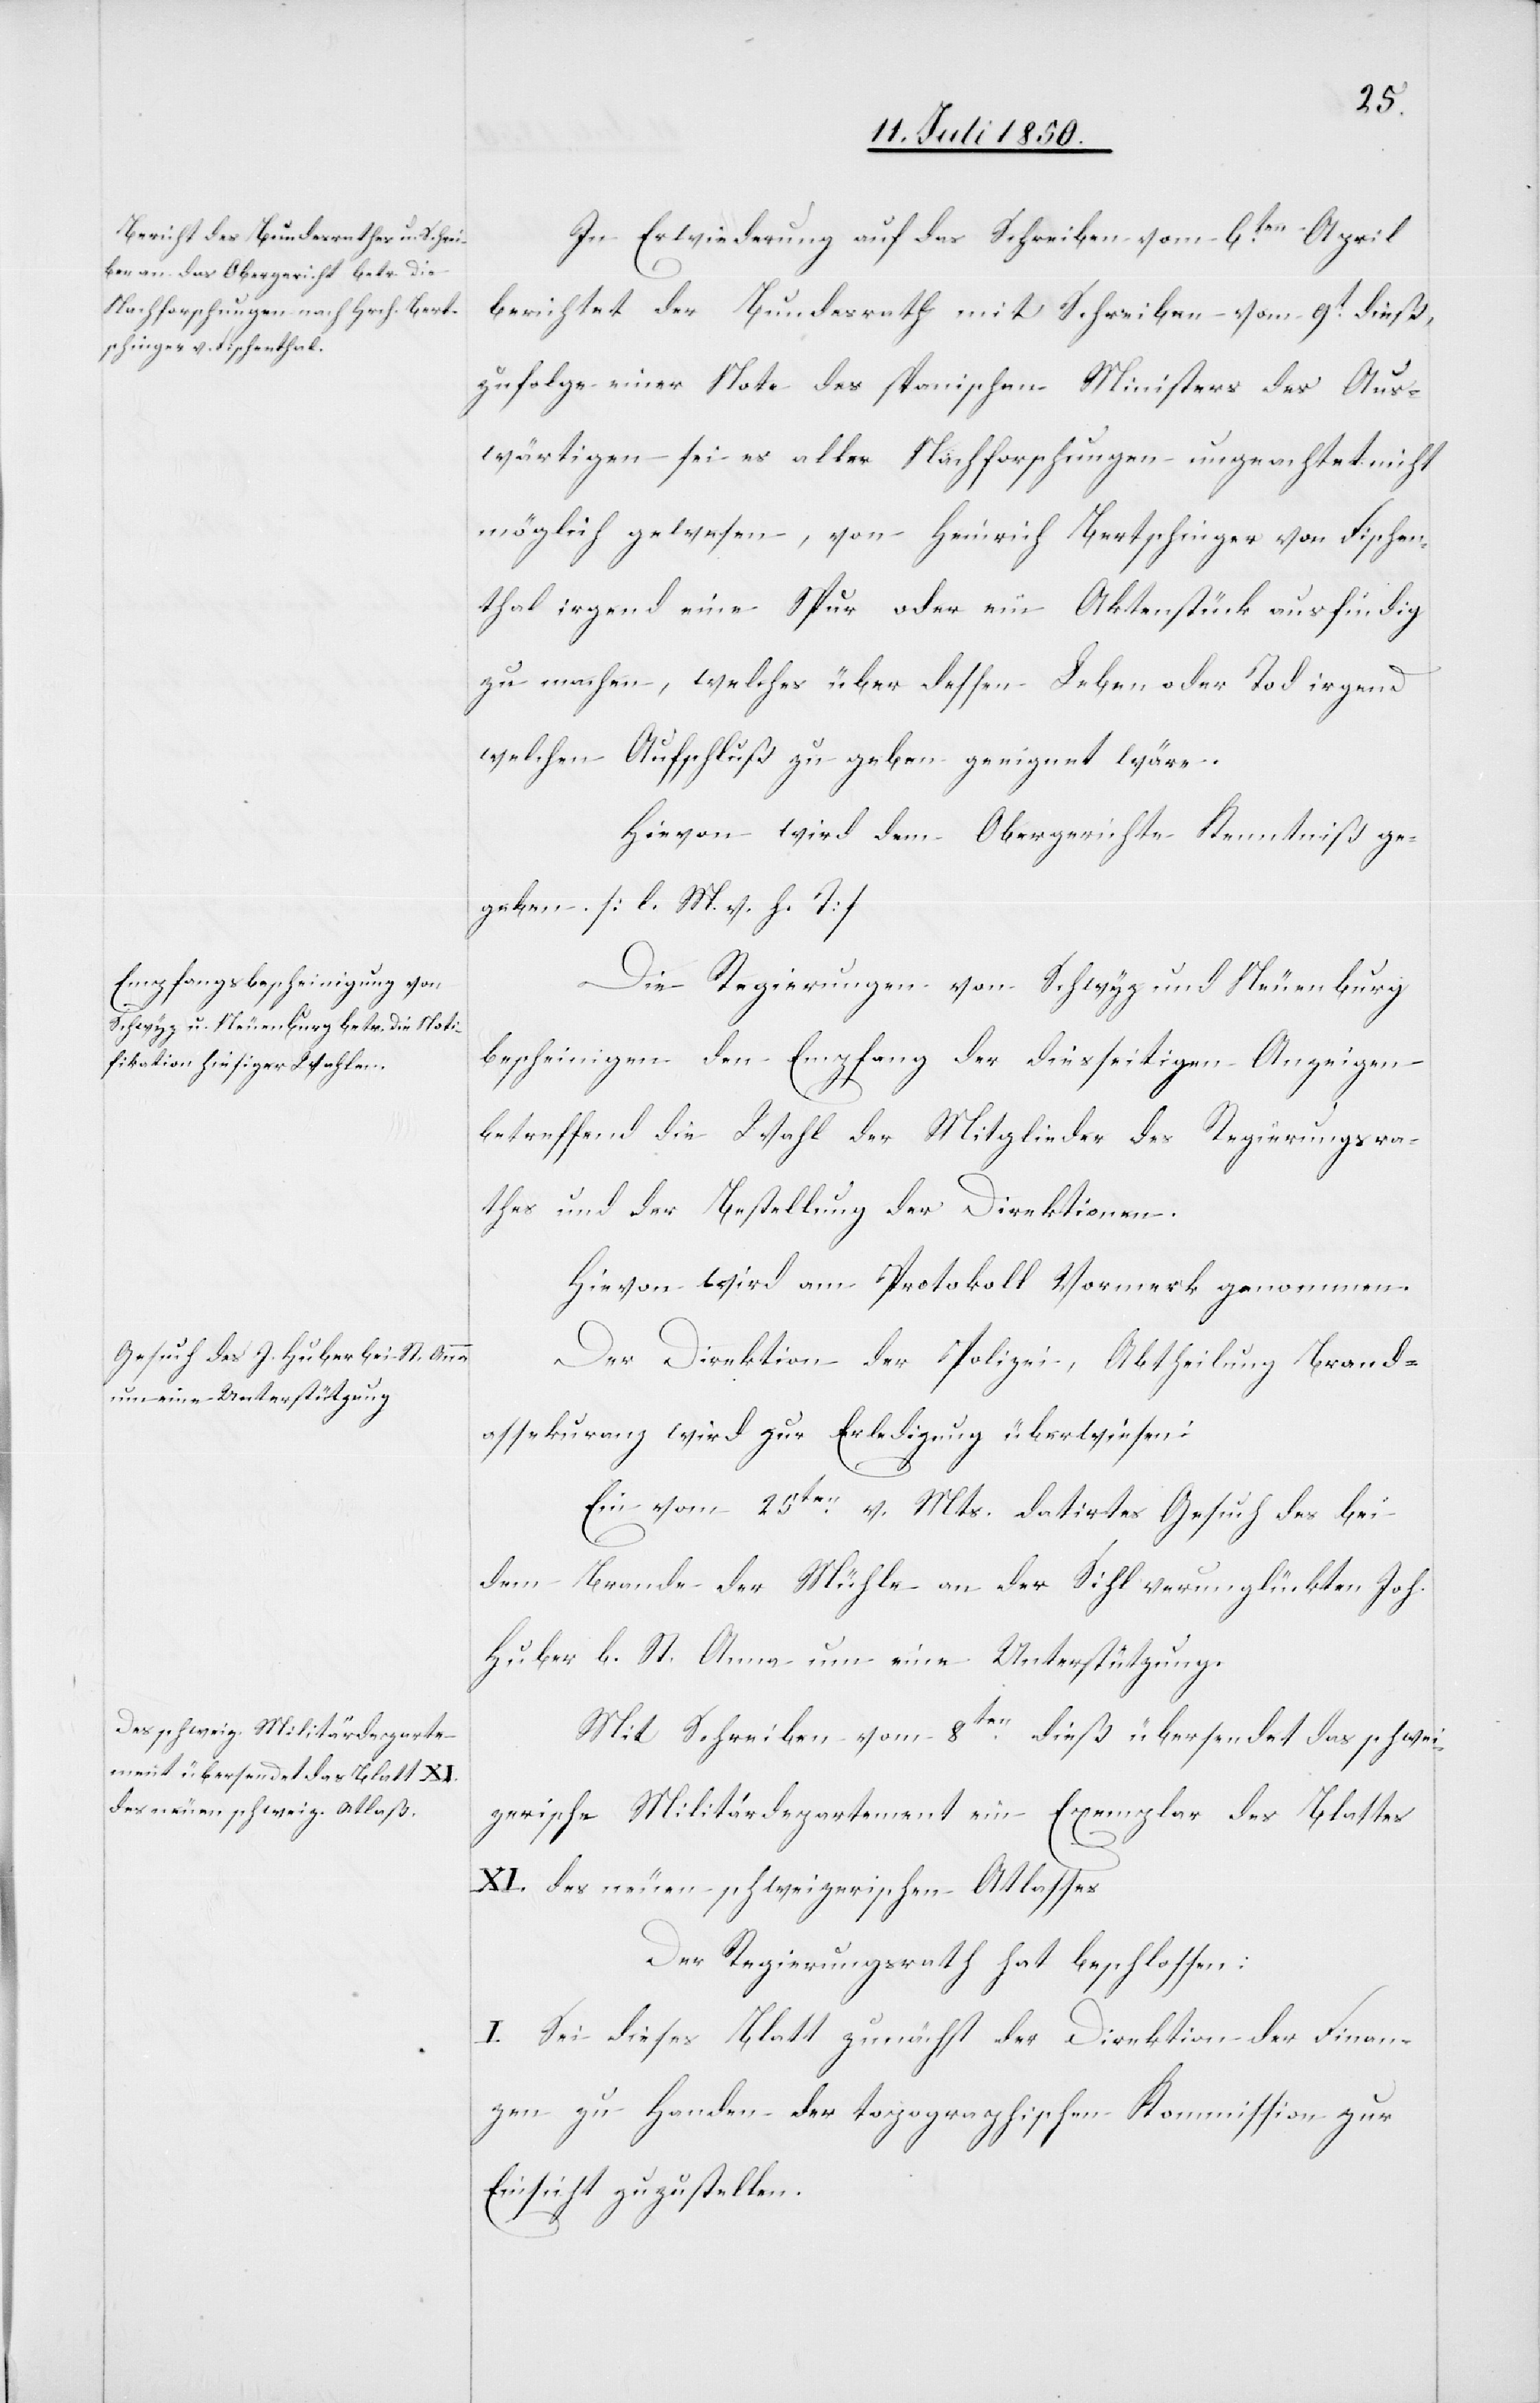
In Erwiederung auf das Schreiben vom 6ten April
berichtet der Bundesrath mit Schreiben vom 9t dieß,
zufolge einer Note des spanischen Ministers des Aus¬
wärtigen sei es aller Nachforschungen ungeachtet nicht
möglich gewesen, von Heinrich Bertschinger von Fischen¬
thal irgend eine Spur oder ein Aktenstück ausfindig
zu machen, welches über dessen Leben oder Tod irgend
welchen Aufschluß zu geben geeignet wäre.
Hievon wird dem Obergerichte Kenntniß ge¬
geben. [l. M. v. h. T]
Die Regierungen von Schwyz und Neuenburg
bescheinigen den Empfang der diesseitigen Anzeigen
betreffend die Wahl der Mitglieder des Regierungsra¬
thes und der Bestellung der Direktionen.
Hievon wird am Protokoll Vormerk genommen.
Der Direktion der Polizei, Abtheilung Brand¬
assekuranz wird zur Erledigung überwiesen:
Ein vom 25tenv. Mts. datirtes Gesuch des bei
dem Brande der Mühle an der Sihl verunglückten Joh.
Huber b. St. Anna um eine Unterstützung.
Mit Schreiben vom 8ten dieß übersendet das schwei¬
zerische Militärdepartement ein Exemplar des Blattes
XI. des neuen schweizerischen Atlasses
Der Regierungsrath hat beschlossen:
I. Sei dieses Blatt zunächst der Direktion der Finan¬
zen zu Handen der topographischen Kommission zur
Einsicht zuzustellen.